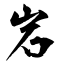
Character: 岩